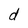
Character: d